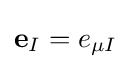
{\bf {e}}_{I}=e_{\mu I}